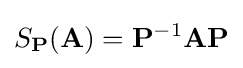
S_{\mathbf {P} }(\mathbf {A} )=\mathbf {P} ^{-1}\mathbf {A} \mathbf {P}